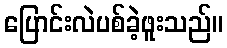
ပြောင်းလဲပစ်ခဲ့ဖူးသည်။